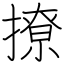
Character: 撩